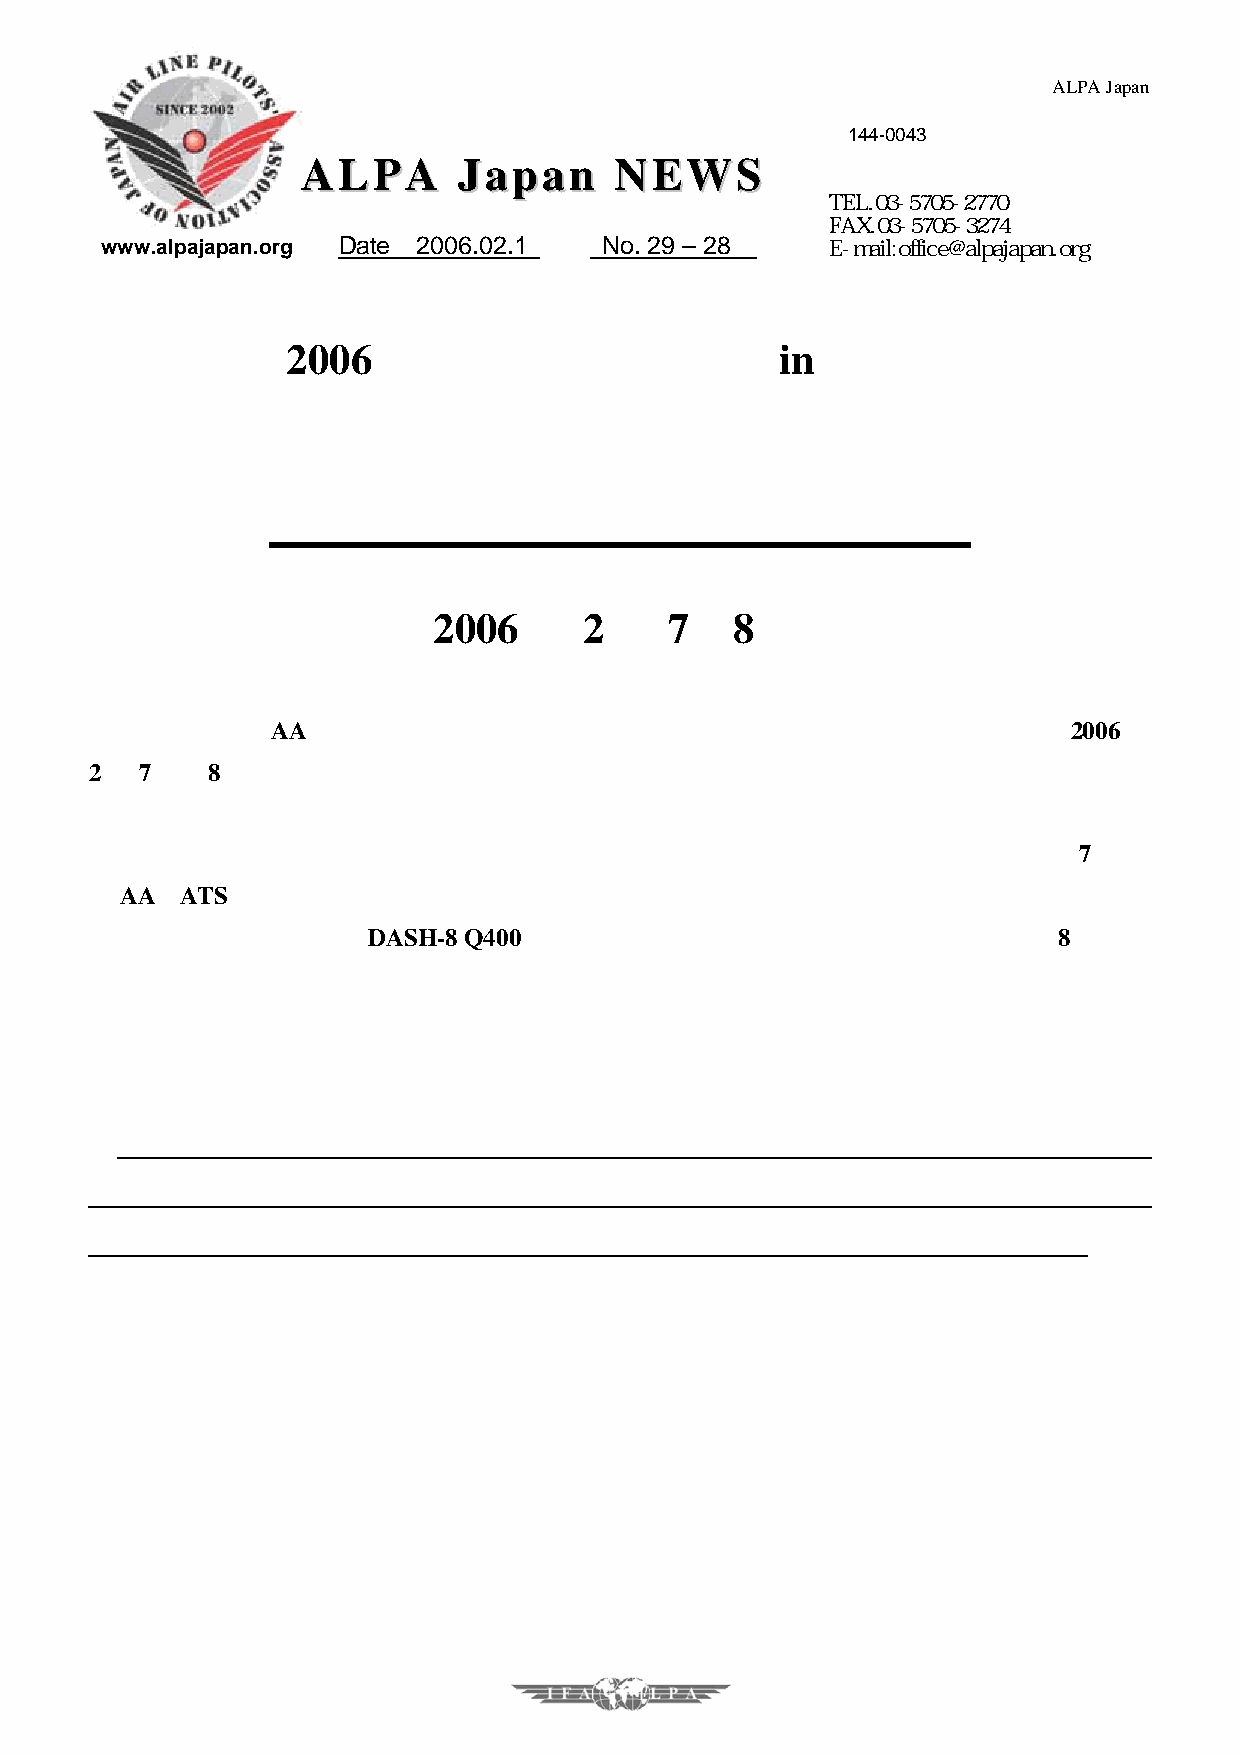
日日  乗乗   連連  ニニ   ュュ  ーー   スス   発 行：日本乗員組合連絡会議・ALPA  Japan
 幹事会
 〒144-0043
 東京都大田区羽田５−１１−４
 AALLPPAA  JJaappaann NNEEWWSS
 フェニックスビル
 TEL.03-5705-2770
 FAX.03-5705-3274
 www.alpajapan.org Date 2006.02.1 No. 29 – 28    E-mail:office@alpajapan.org
 2006  航空安全総合シンポ                  in 鹿児島
 開催のお知らせ
 （2006    年   2 月  7・8    日 ）
 定例の日乗連    AA委員会（事故対策委員会）主催の「航空安全総合シンポジウム」が                     2006年
 2月 7日〜8日の二日間に渡り鹿児島にて開催されます。
 日乗連の地方開催シンポジウムは回を重ねるに従い内容が多岐にわたり充実し、今回も                          7 日に
 は AA、ATS（航空管制）、クランフィールド事故調査コースの紹介の他、鹿児島周辺の空域の
 問題、最近多発している       DASH-8 Q400 トラブル関連の討議が予定されています。また             8日には
 イギリス・クランフィールドで習得してきた事故調査技法を皆さんにフィードバックする講義
 及び屋外での実地演習を行ないます。            （詳細は裏面参照）
 今回も多岐にわたる講演内容です。多くの皆さんの参加をお待ちしています。
 シンポジウムでは必ず質疑応答の時間を確保しますので、皆さんが日頃考えてい
 る様々な問題についてこの機会を利用して積極的に意見交換をして下さい。
 ＜日時＞          ２００６年２月７日（火曜日）
 １７：００−２０：００
 ＜場所＞           鹿児島空港ビル３階
 Ａ・Ｂ・Ｃ          ホール